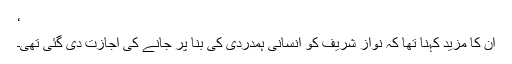
‘
ان کا مزید کہنا تھا کہ نواز شریف کو انسانی ہمدردی کی بنا پر جانے کی اجازت دی گئی تھی۔